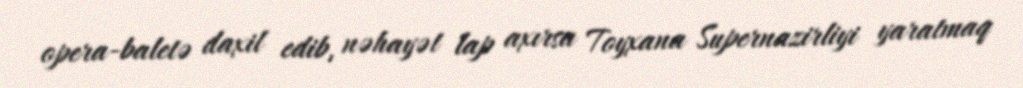
opera-baletə daxil edib, nəhayət lap axırsa Toyxana Supernazirliyi yaratmaq